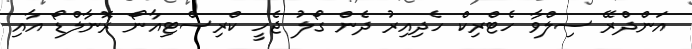
އަންދްރޭ ސިލްވާ ހެޓްރިކް ހެދިއިރު ދެން ގޯލު ޖެހީ ކްރިސްޓިއާނޯ ރޮނާލްޑޯ އާއި